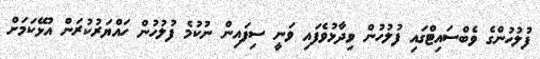
ފުލުހުންގެ ވެބްސައިޓްގައި ފުލުހުން ވިދާޅުވެފައި ވަނީ ސިފައިން ނުކުމެ ފުލުހުން ހައްޔަރުކުރަން އުޅޭކަމަށް